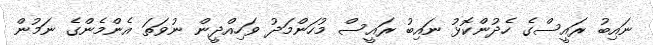
ނައިބު ރައީސްގެ ހެދުންކޮޅު ނައިބު ރައީސް މުހަންމަދު ވަހިއްދީން ނުވަތަ އެންމެންގެ ނަމުން